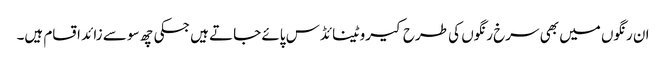
ان رنگوں میں بھی سرخ رنگوں کی طرح کیروٹینائڈس پائے جاتے ہیں جسکی چھ سو سے زائد اقسام ہیں۔